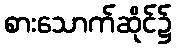
စားသောက်ဆိုင်၌